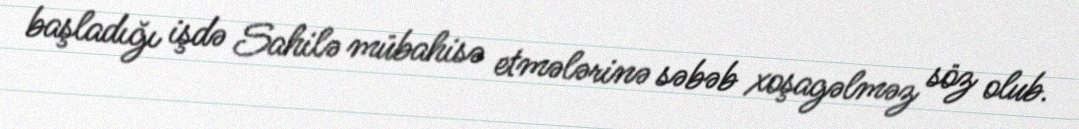
başladığı işdə Sahilə mübahisə etmələrinə səbəb xoşagəlməz söz olub.